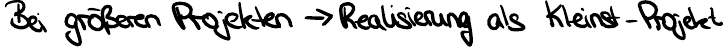
Bei größeren Projekten -> Realisierung als Kleinst-Projekt